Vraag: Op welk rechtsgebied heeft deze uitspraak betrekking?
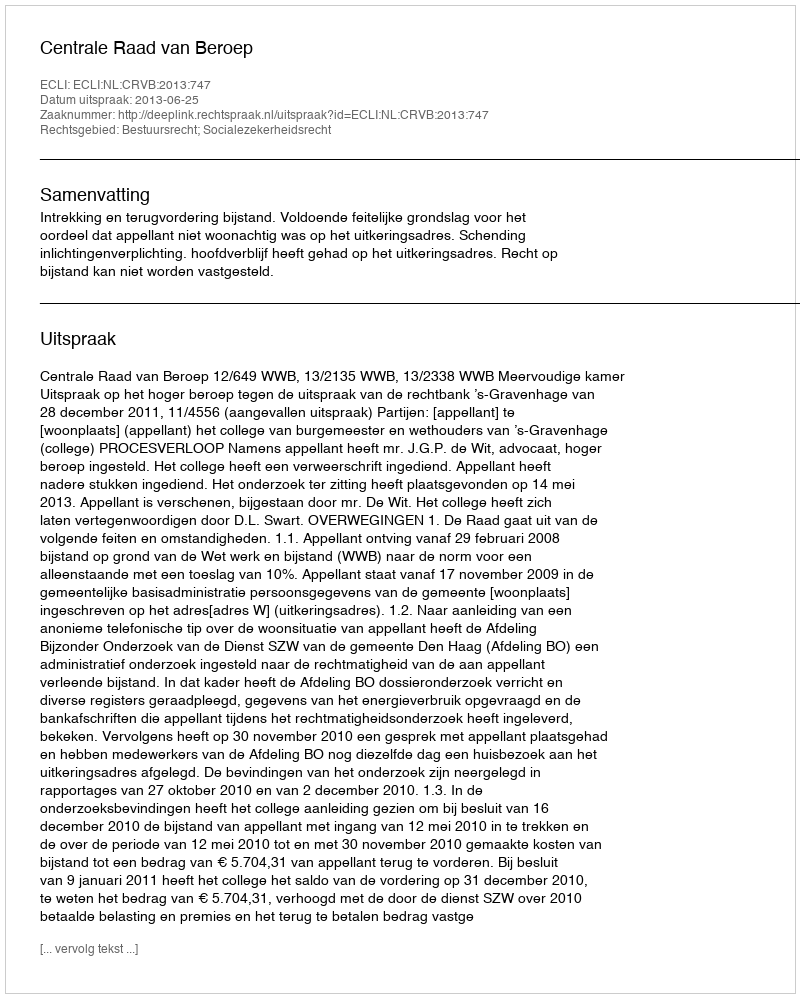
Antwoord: Bestuursrecht; Socialezekerheidsrecht